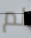
لم